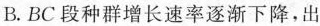
B.BC段种群增长速率逐渐下降，出